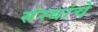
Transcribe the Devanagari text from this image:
संस्‍थांचे